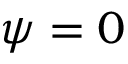
\psi = 0